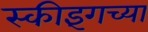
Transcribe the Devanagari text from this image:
स्कीइंगच्या